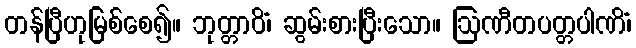
တန်ပြီဟုမြစ်စေ၍။ ဘုတ္တာဝိံ၊ ဆွမ်းစားပြီးသော။ ဩဏီတပတ္တပါဏိံ၊